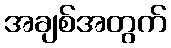
အချစ်အတွက်